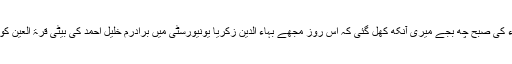
25 اکتوبر 2016ء کی صبح چھ بجے میری آنکھ کھل گئی کہ اُس روز مجھے بہاء الدین زکریا یونیورسٹی میں برادرم خلیل احمد کی بیٹی قرۃ العین کو چھوڑنے جانا تھا۔